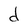
Character: d